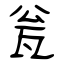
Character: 瓮